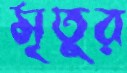
মৃতুর